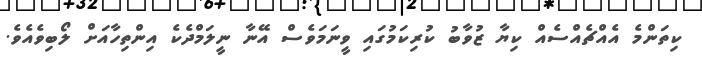
ކިތަންމެ އެއްޗެއްސެއް ކިޔާ ޒުވާބު ކުރިކަމުގައި ވީނަމަވެސް އޭނާ ނީލަމްދެކެ އިންތިހާއަށް ލޯބިވެއެވެ.